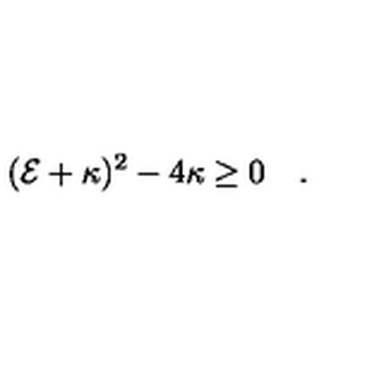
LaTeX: ( { \cal E } + \kappa ) ^ { 2 } - 4 \kappa \geq 0 \quad .